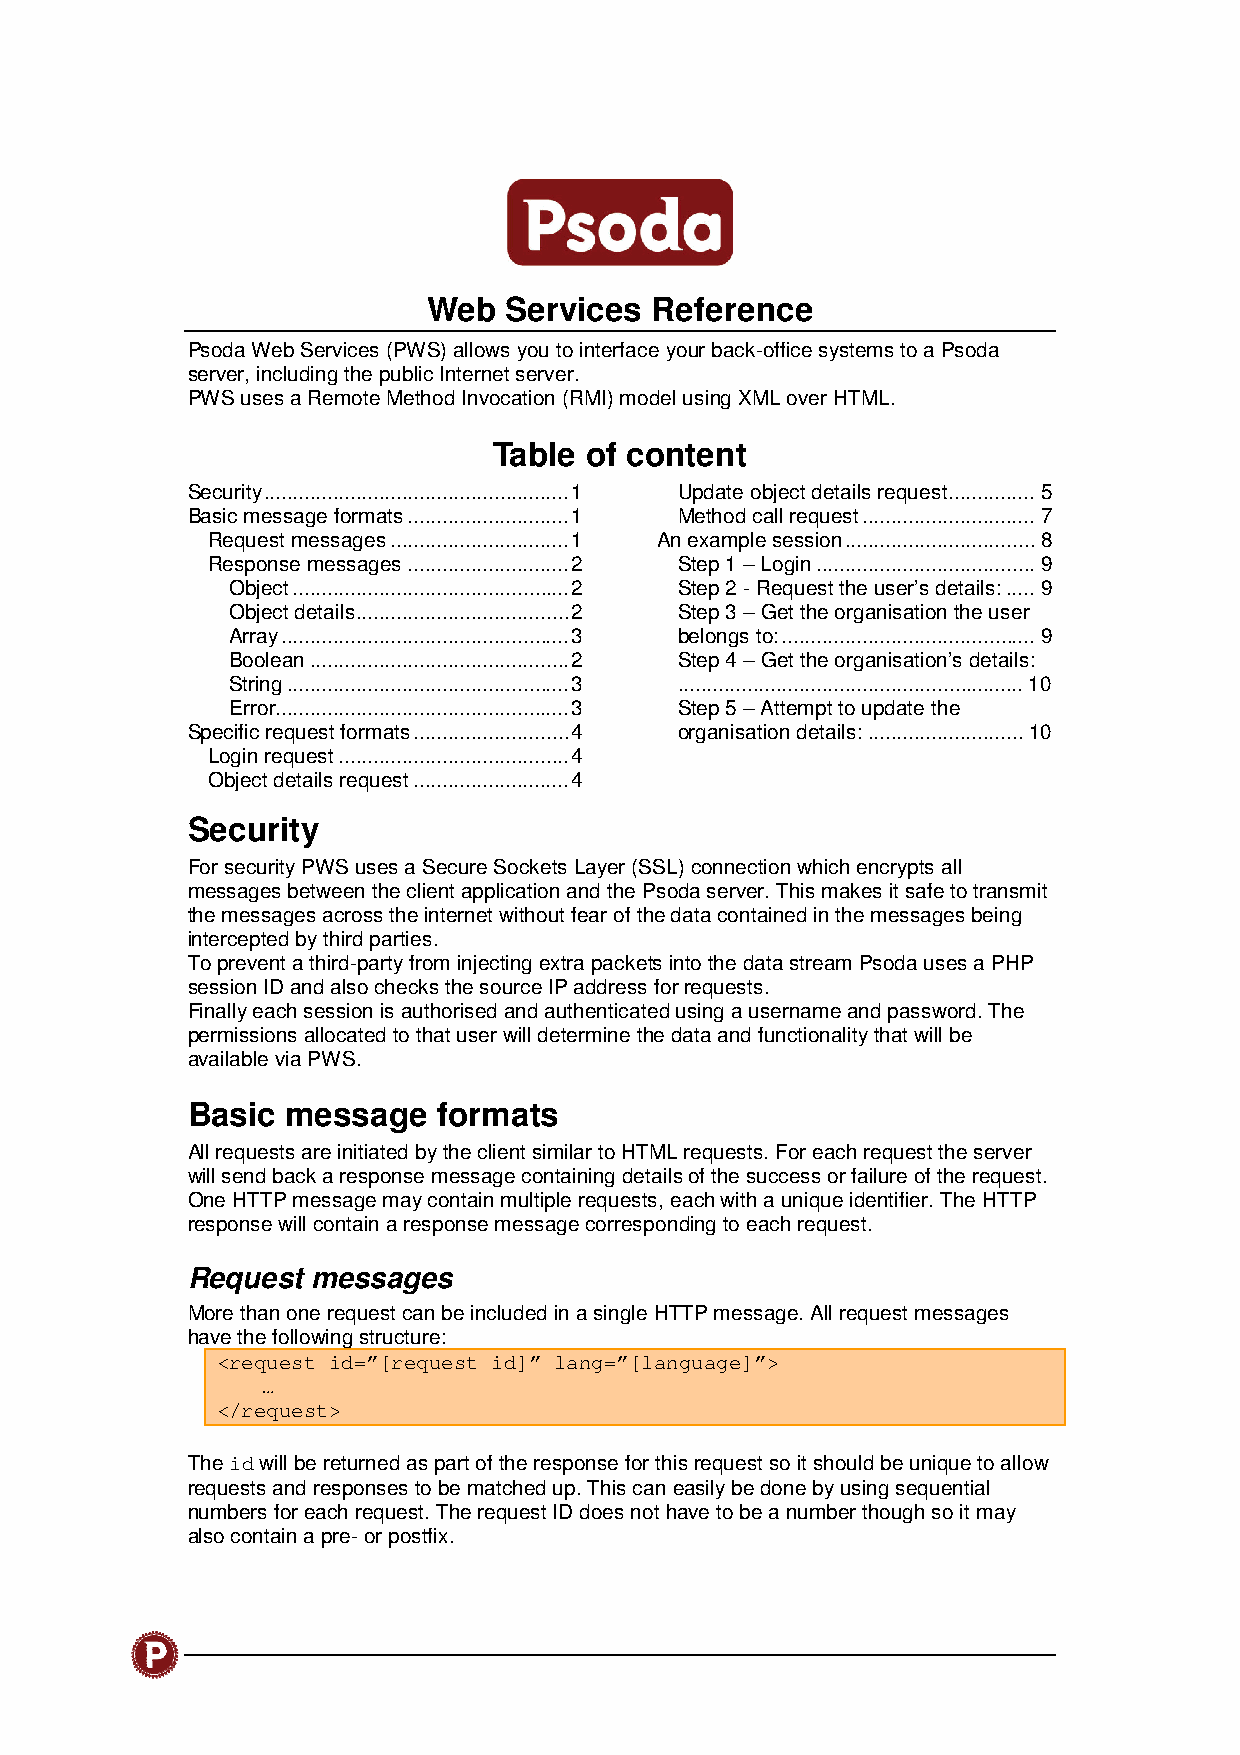
Web  Services  Reference
 Psoda Web Services (PWS) allows you to interface your back-office systems to a Psoda
 server, including the public Internet server.
 PWS uses a Remote Method Invocation (RMI) model using XML over HTML.
 Table of content
 Security ..................................................... 1 Update object details request ............... 5
 Basic message formats ............................ 1 Method call request .............................. 7
 Request messages ............................... 1 An example session ................................. 8
 Response messages ............................ 2 Step 1 – Login ...................................... 9
 Object ................................................ 2 Step 2 - Request the user’s details: ..... 9
 Object details ..................................... 2 Step 3 – Get the organisation the user
 Array .................................................. 3 belongs to: ............................................ 9
 Boolean ............................................. 2 Step 4 – Get the organisation’s details:
 String ................................................. 3 ............................................................ 10
 Error ................................................... 3 Step 5 – Attempt to update the
 Specific request formats ........................... 4 organisation details: ........................... 10
 Login request ........................................ 4
 Object details request ........................... 4
 Security
 For security PWS uses a Secure Sockets Layer (SSL) connection which encrypts all
 messages between the client application and the Psoda server. This makes it safe to transmit
 the messages across the internet without fear of the data contained in the messages being
 intercepted by third parties.
 To prevent a third-party from injecting extra packets into the data stream Psoda uses a PHP
 session ID and also checks the source IP address for requests.
 Finally each session is authorised and authenticated using a username and password. The
 permissions allocated to that user will determine the data and functionality that will be
 available via PWS.
 Basic  message   formats
 All requests are initiated by the client similar to HTML requests. For each request the server
 will send back a response message containing details of the success or failure of the request.
 One HTTP message may contain multiple requests, each with a unique identifier. The HTTP
 response will contain a response message corresponding to each request.
 Request  messages
 More than one request can be included in a single HTTP message. All request messages
 have the following structure:
 <request id=”[request id]” lang=”[language]”>
 …
 </request>
 The id will be returned as part of the response for this request so it should be unique to allow
 requests and responses to be matched up. This can easily be done by using sequential
 numbers for each request. The request ID does not have to be a number though so it may
 also contain a pre- or postfix.